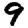
Digit: 9